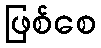
ဖြစ်စေ